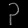
Digit: ၃